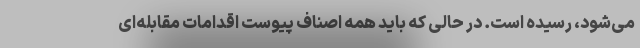
می‌شود، رسیده است. در حالی که باید همه اصناف پیوست اقدامات مقابله‌ای